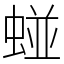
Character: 䗒